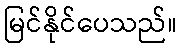
မြင်နိုင်ပေသည်။